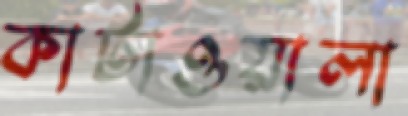
কাটাওয়ালা